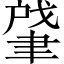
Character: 肈